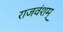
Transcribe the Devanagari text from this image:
राजवंशम्